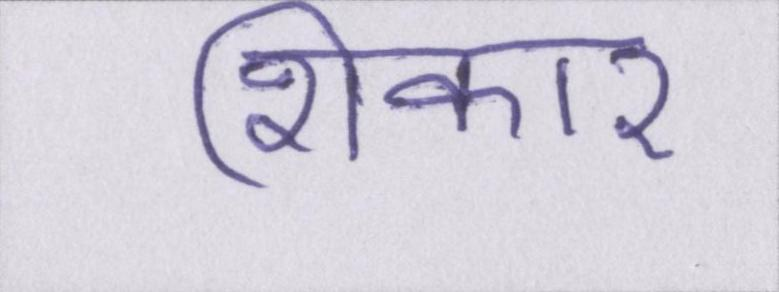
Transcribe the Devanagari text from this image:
शिकार